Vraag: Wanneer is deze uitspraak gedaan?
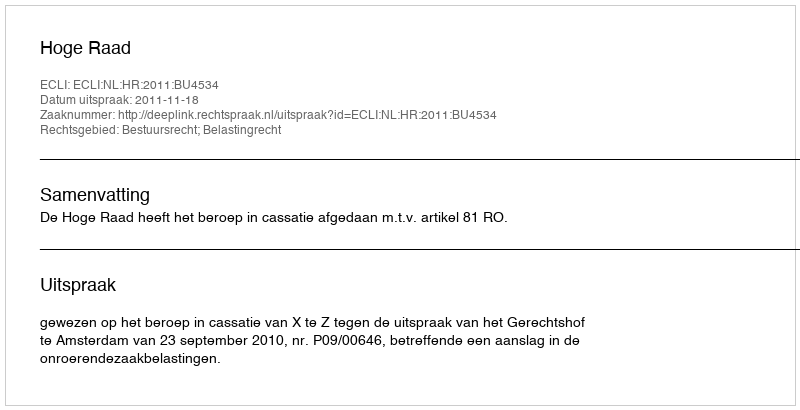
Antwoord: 2011-11-18